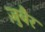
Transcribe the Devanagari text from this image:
जु़बैर